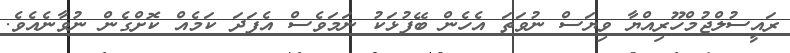
ރައީސުލްޖުމްހޫރިއްޔާ ވިޔަސް ނުވަތަ އެހެން ބޭފުޅަކު ނަމަވެސް އެފަދަ ކަމެއް ކޮށްގެން ނުވާނެއެވެ.